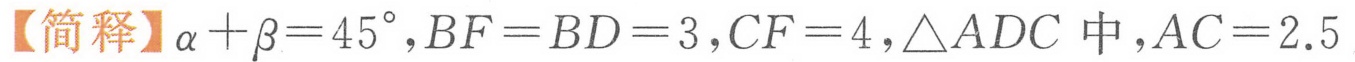
【简释】\(\alpha+\beta = 45^{\circ},BF = BD = 3,CF = 4,\triangle ADC\)中，\(AC = 2.5\)